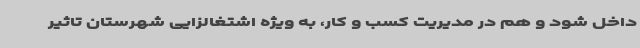
داخل شود و هم در مدیریت کسب و کار، به ویژه اشتغالزایی شهرستان تاثیر